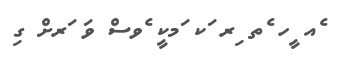
ެއ ީހ ެތ ިރ ަކ ަމކީ ެވސް ވަ ަރށް ގި